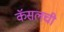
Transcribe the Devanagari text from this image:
कॅसलची